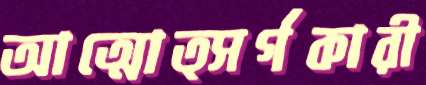
আত্মোত্সর্গকারী